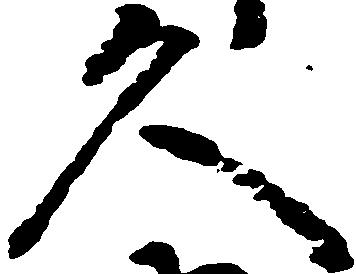
久